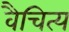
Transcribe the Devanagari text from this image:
वैचित्य